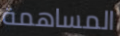
المساهمة